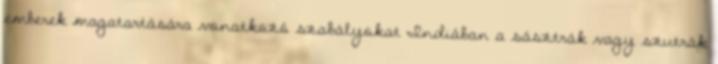
emberek magatartására vonatkozó szabályokat Indiában a sásztrák vagy szutrák